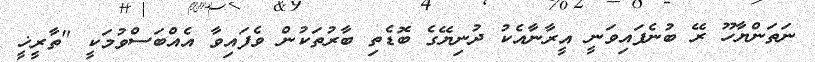
ނަތަންޔާހޫ ރޭ ބުނެފައިވަނީ އީރާނާއެކު ދުނިޔޭގެ ބޮޑެތި ބާރުތަކުން ވެފައިވާ އެއްބަސްވުމަކީ "ތާރީޚީ